Haapsalu_Metskond, lk 25
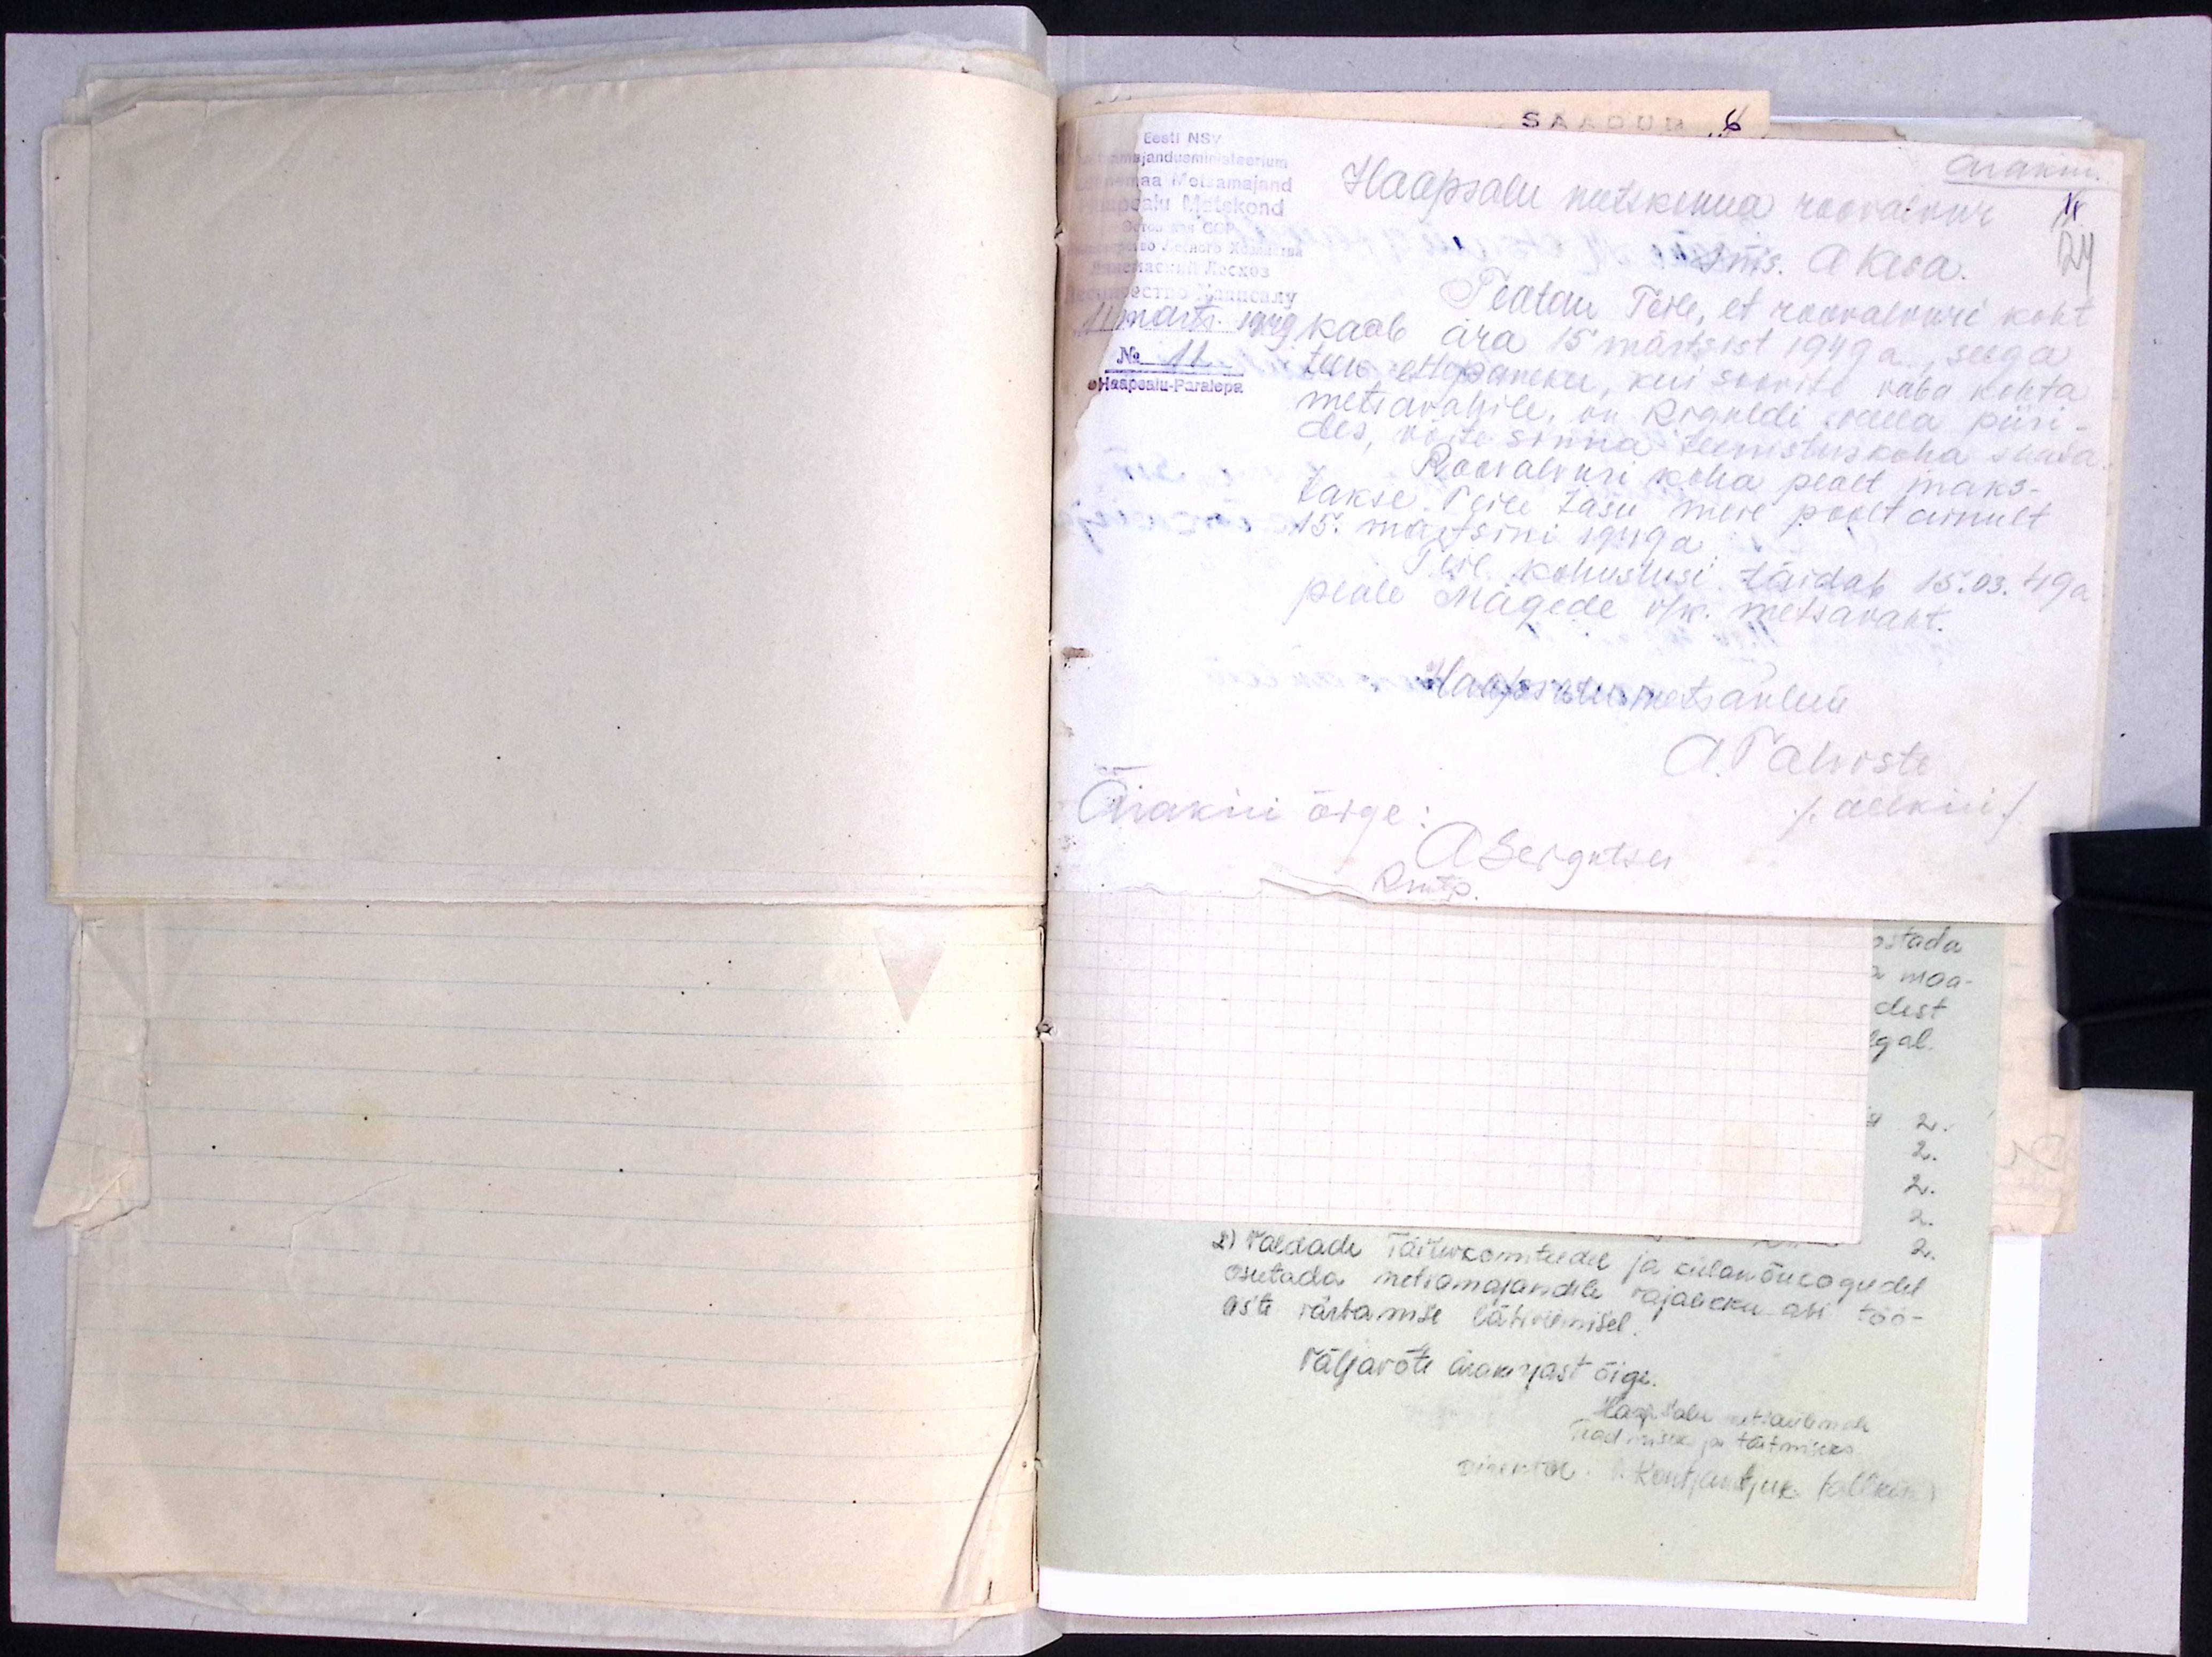
Eesti NSV
Ärakiri.
Metsamajandusministeerium
Läänemaa Metsamajand
Haapsalu metskonna roovalvur
11
Haapsalu Metskond
sms. A. Kesa
24
Teatan Teile, et roovalvuri koht
11 marts. 1949
kaob ära 15 märtsist 1949 a., seega
No 11.
teen ettepaneku, kui soovite vaba kohta
Haapsalu-Paralepa
metsavahile, on Riguldi valla piiri-
des, võite sinna teenistuskoha saada.
Roovalvuri koha pealt maks-
takse Teile tasu meie poolt ainult
15. märtsini 1949 a.
Teie kohustusi täidab 15.03.49a
peale Mägede v/k metsavaht.
Haapsalu metsaülem
ATalviste
Ärakiri õige:
(allkiri)